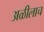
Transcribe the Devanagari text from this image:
अळीलाच